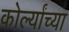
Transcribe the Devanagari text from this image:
कोर्ल्यांच्या